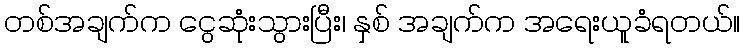
တစ်အချက်က ငွေဆုံးသွားပြီး၊ နှစ် အချက်က အရေးယူခံရတယ်။